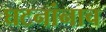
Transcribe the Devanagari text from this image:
घटनांनाच